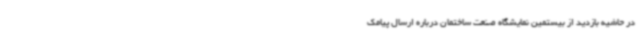
در حاشیه بازدید از بیستمین نمایشگاه صنعت ساختمان درباره ارسال پیامک